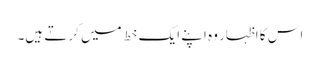
اس کا اظہار وہ اپنے ایک خط میں کرتے ہیں۔